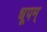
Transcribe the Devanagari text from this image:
धूपम्‌